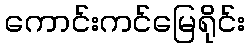
ကောင်းကင်မြေရိုင်း